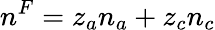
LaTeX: n^{F}=z_{a}n_{a}+z_{c}n_{c}